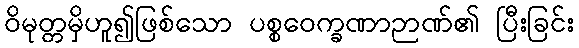
ဝိမုတ္တမှိဟူ၍ဖြစ်သော ပစ္စဝေက္ခဏာဉာဏ်၏ ပြီးခြင်း